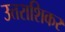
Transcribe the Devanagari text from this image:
उत्तराशिकर